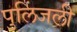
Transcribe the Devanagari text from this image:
पुलिंजली